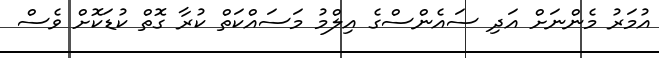
އުމަރު މެންނަށް އަދި ސައެންސްގެ އިލްމު މަސައްކަތް ކުރާ ގޮތް ކުޑަކޮށް ވެސް